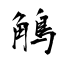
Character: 鵤